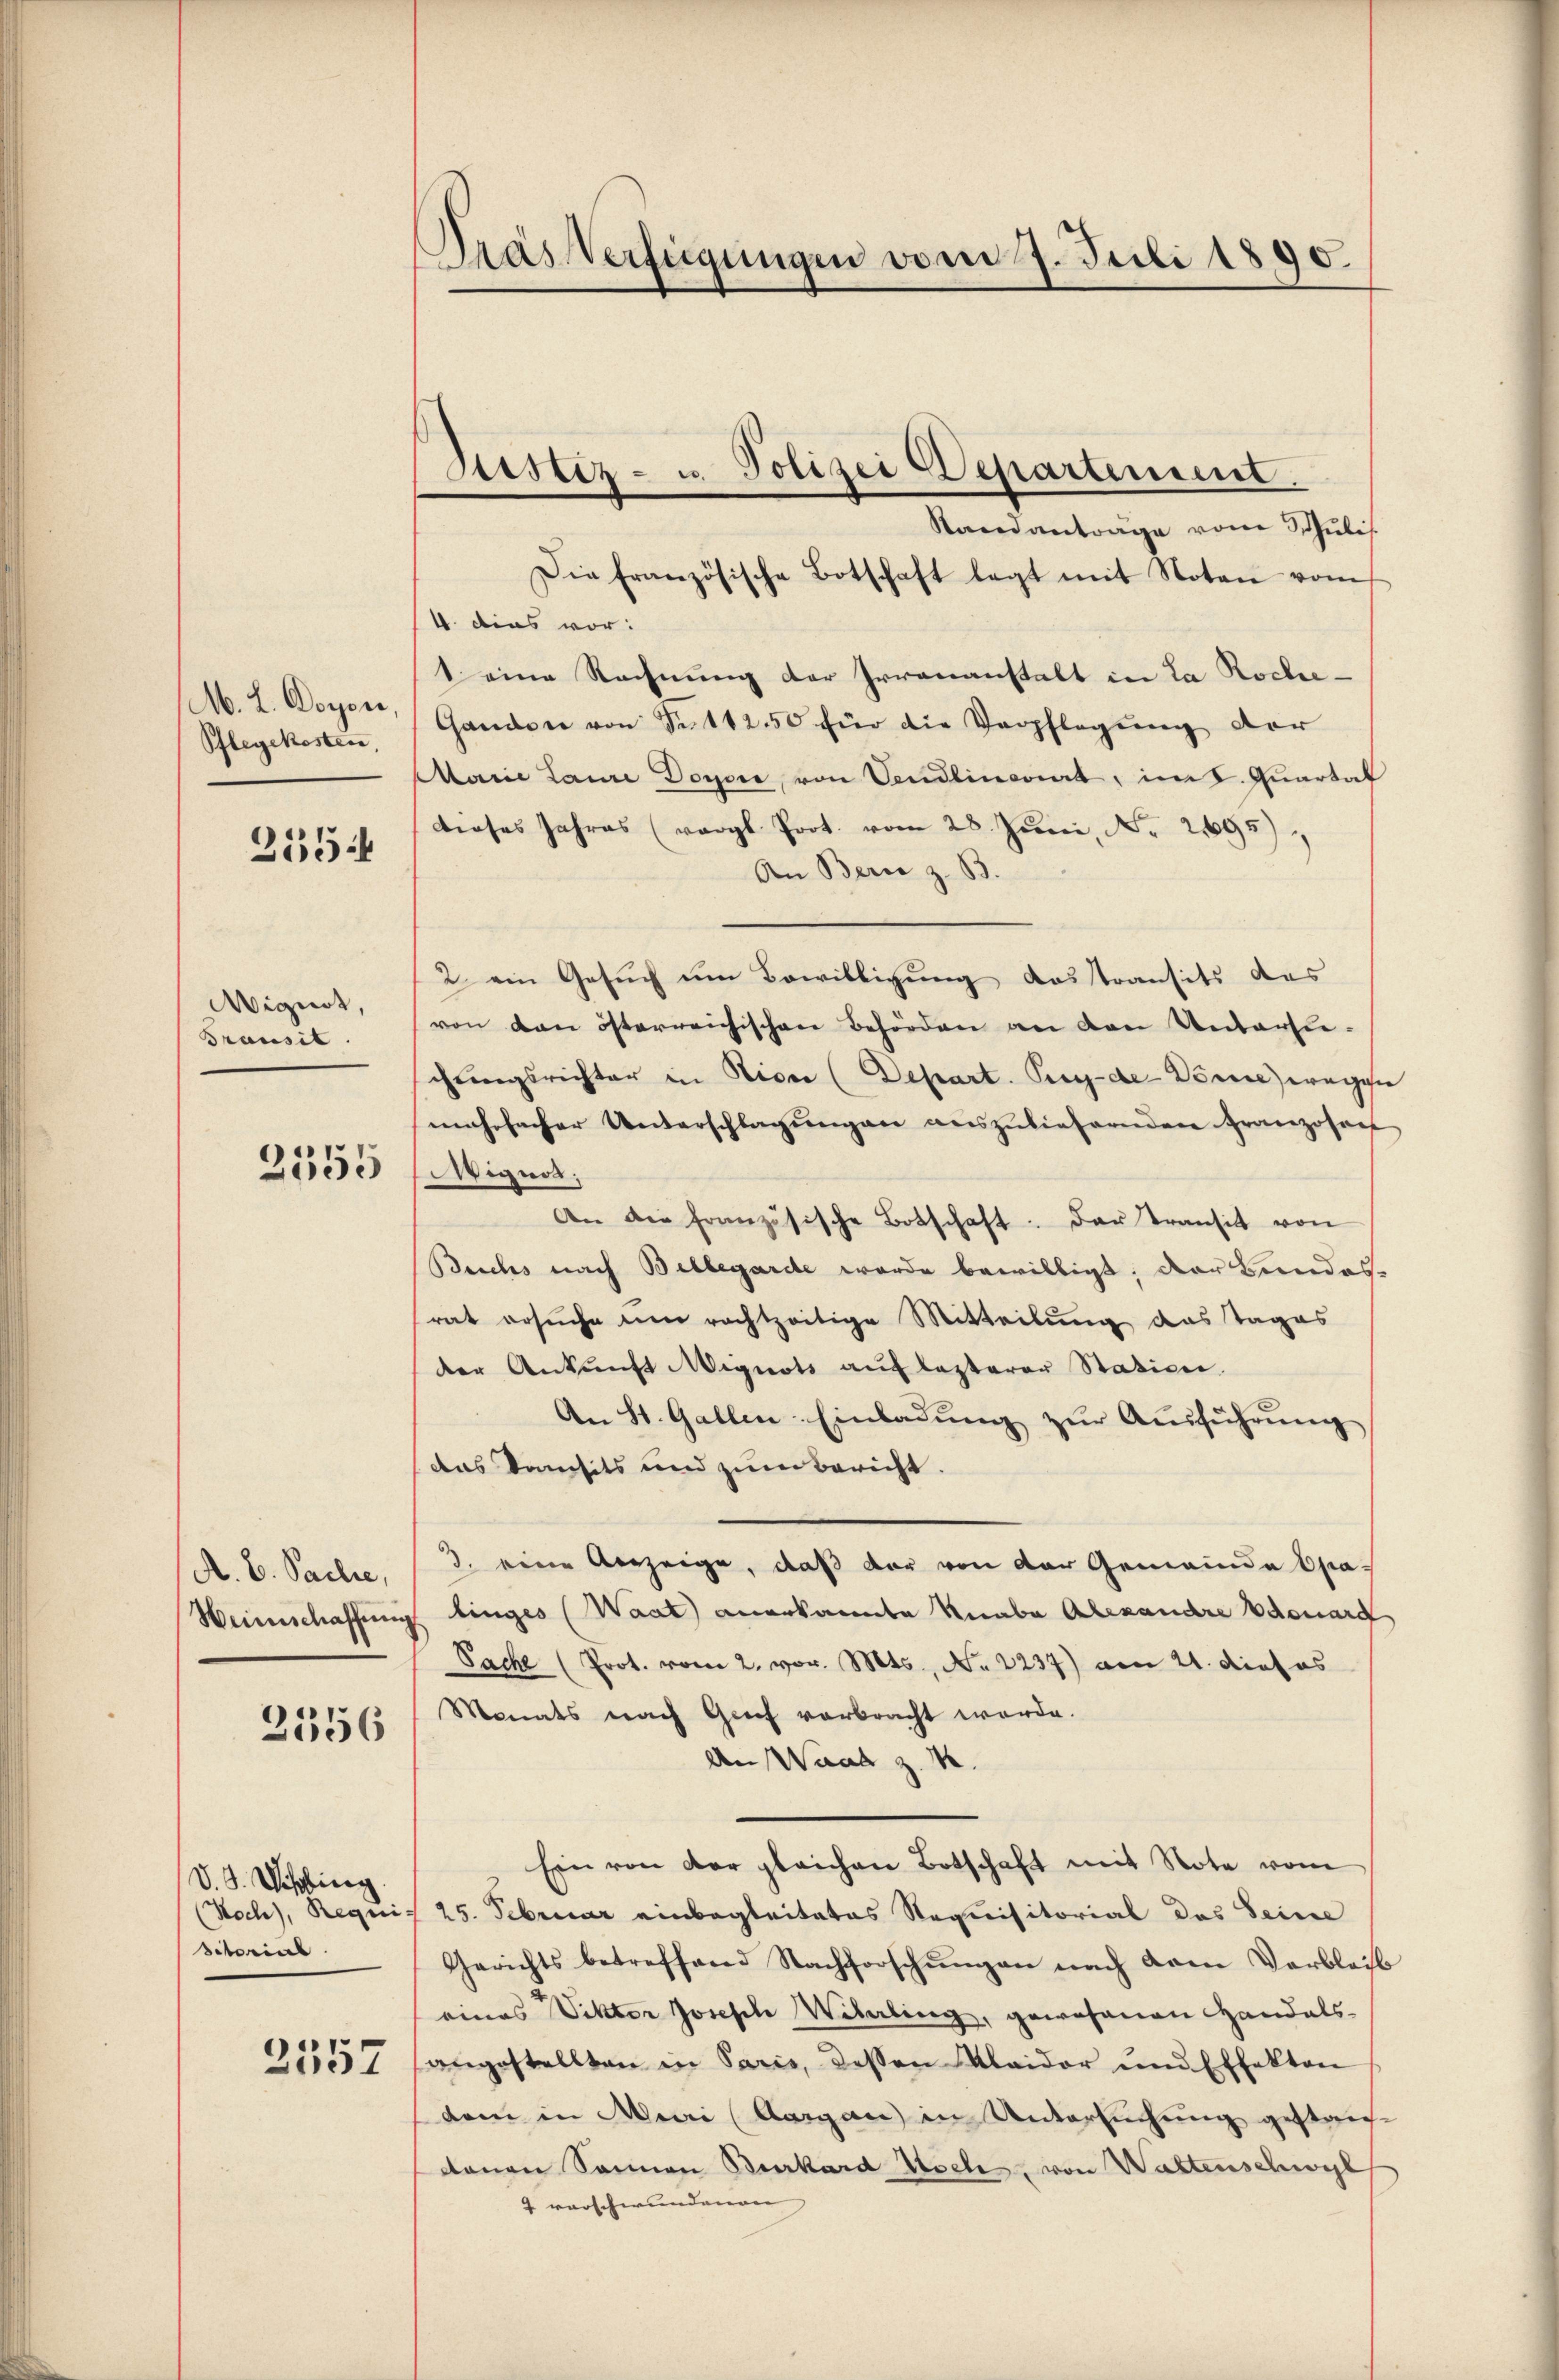
M. L. Doyon,
Pflegekosten,

255.

Wignet,
Transit.

2555

A. B. Sache,

2556

V. J. Weißling.
sctorial.

2557

Pras Verfügungen vom 7. Juli 1890.

Standanträge vom Schuli
Die Französische Botschaft legt mit Noten vom
1. dies vor:
1 eine Rechnung der Irrenanstalt in La Roche-
Gandon von S. 11250 für die Verpflegung der
Marie Lanze Doyore, von Vendlinariat, im I. Quartal
dieses Jahres (vergl. Prot. vom 28. Juni, Nr. 295)
An Berie z. B.
2 ein Gesuch um Bewilligung desstransits das
von den österreichischen Behörden an den Unterstechŭngsrichter in Vice (Depart. Pey-de-Döme) wegen
mehrfacher Unterschlagungen auszuliefernden Franzosens
Wignot;
An die französische Botschaft: Der Transit von
Buchs nach Bellegarde wurde bewilligt; der Beredes
rat ersuche um rechtzeitige Mitteilung das Tages
der Ankunft Mignots auf lasterer Station.
An St. Gallen-Einladŭng zŭr Aŭsführŭng
das Dansits und zum Bericht.
3. eine Verzeige, daß der von der Gemeinde Opa¬
Weinschaffung linges (Waat) anerkannte Knabe Alexandre donard
Sache (Prot. vom 2. vor. Mts., No 2237) am 21. die es
Monats nach Graf vorbracht werde.
An Waad z. K.
Ein von der gleichen Botschaft mit Note vom
(Koch), Requis 25. Februar einbegleitetes Requisitorial des Seine
Gerichts betreffend Nachforschŭngen nach dem Verbleib
eines Vikter Joseph Widerling, gewesenen Handals-
angestellten in Paris, dessen Maidor und Effekton
dem in Mai (Aargau in Untersuchung gestanz-
denen Sonnen Burkard Asch, von Waltenschwyl
4 vorschwundenen

Sistiz- u. Polizei Departement.